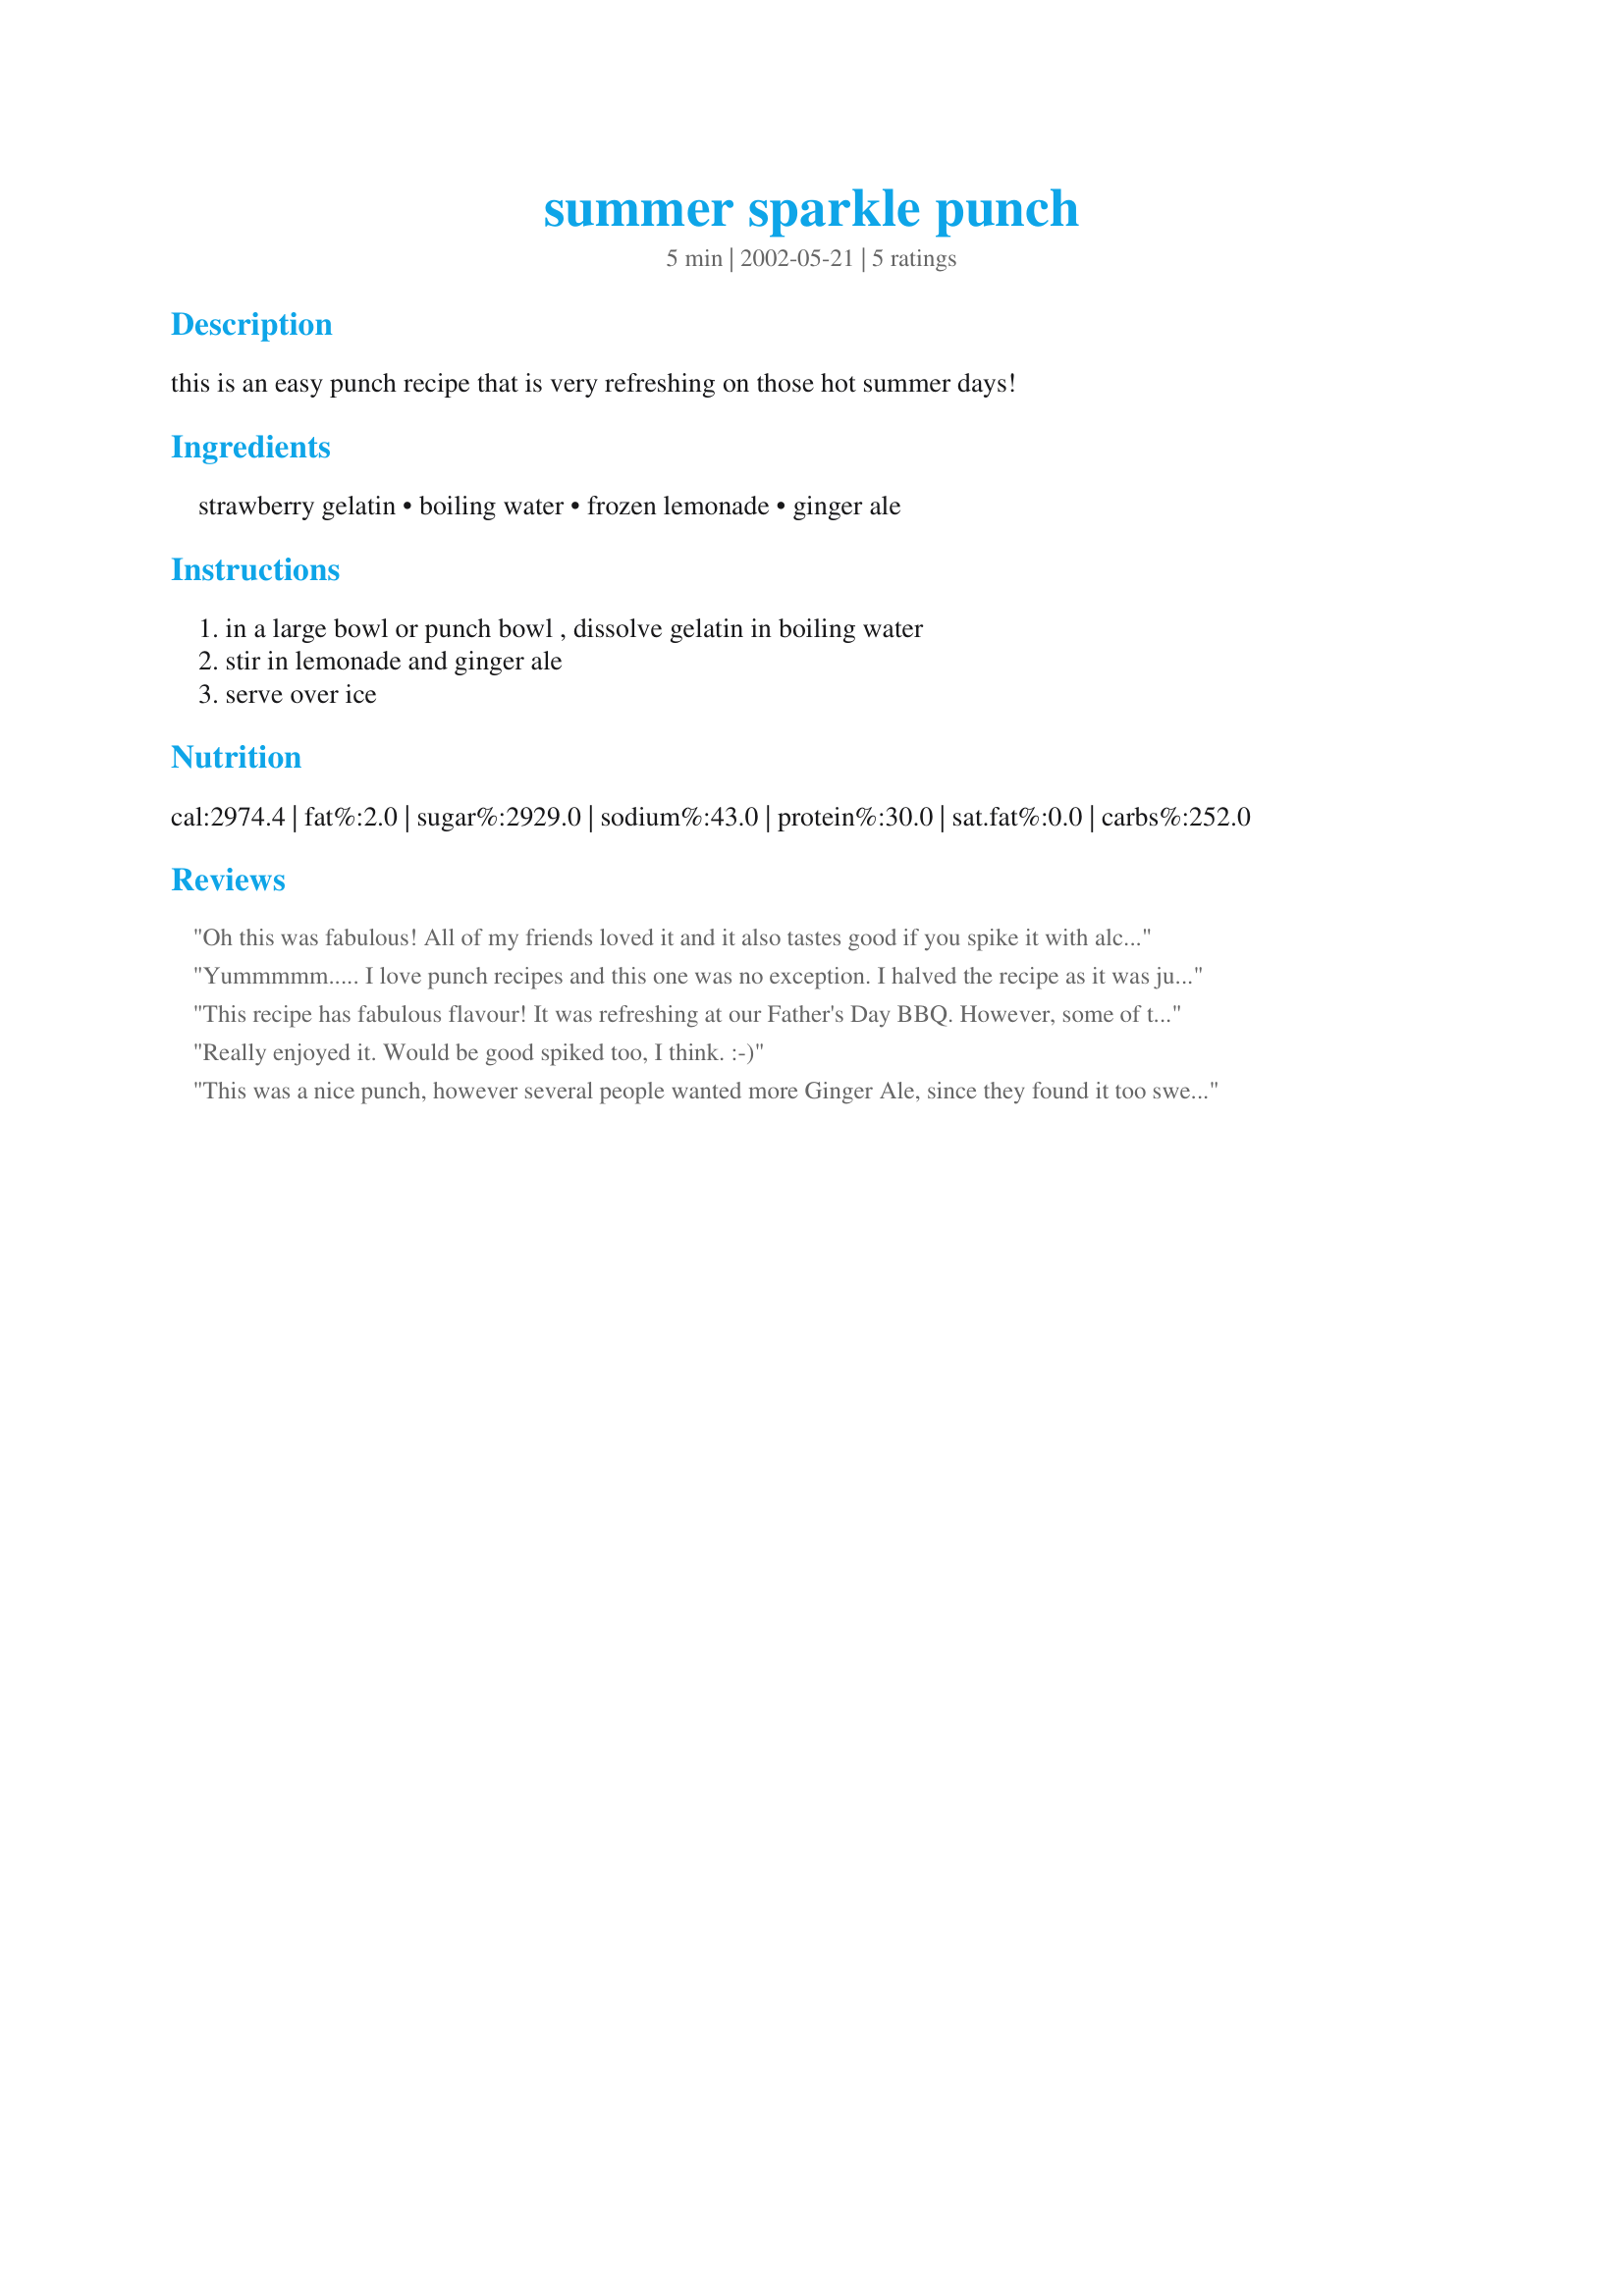
summer sparkle punch
Preparation time: 5 minutes

this is an easy punch recipe that is very refreshing on those hot summer days!

Ingredients:
strawberry gelatin, boiling water, frozen lemonade, ginger ale

Steps:
in a large bowl or punch bowl , dissolve gelatin in boiling water, stir in lemonade and ginger ale, serve over ice

Reviews:
Oh this was fabulous! All of my friends loved it and it also tastes good if you spike it with alcohol. I have an upcoming bridal shower I am planning and I know this will be the punch I make.
Yummmmm..... I love punch recipes and this one was no exception. I halved the recipe as it was just for my family and only had a half gallon tupperware pitcher. They have already drank most of it tho. Guess I should have made the whole gallon. Will make again. Thank you for sharing.
This recipe has fabulous flavour! It was refreshing at our Father's Day BBQ. However, some of the gelatin turned into pebble-sized globs of jelly in the bottom of the punch bowl - I don't know why.
Really enjoyed it. Would be good spiked too, I think. :-)
This was a nice punch, however several people wanted more Ginger Ale, since they found it too sweet! Koechin/Chef
